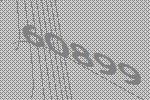
60899